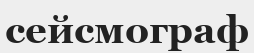
сейсмограф